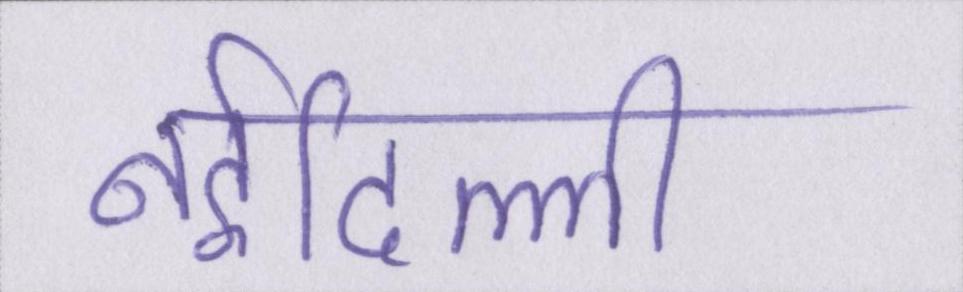
नईदिल्ली